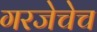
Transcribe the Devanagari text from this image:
गरजेचेच